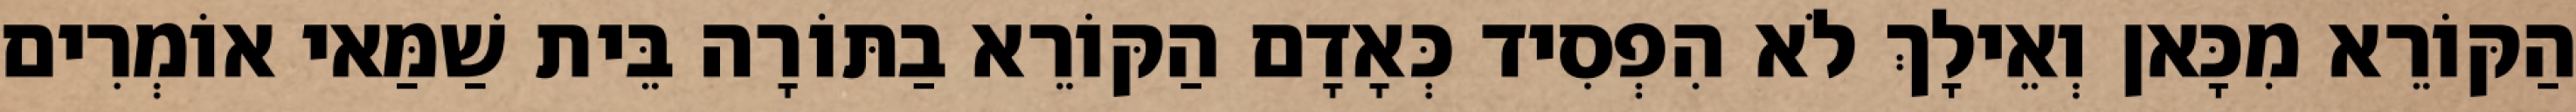
הַקּוֹרֵא מִכָּאן וְאֵילָךְ לֹא הִפְסִיד כְּאָדָם הַקּוֹרֵא בַתּוֹרָה בֵּית שַׁמַּאי אוֹמְרִים